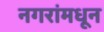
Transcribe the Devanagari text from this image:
नगरांमधून